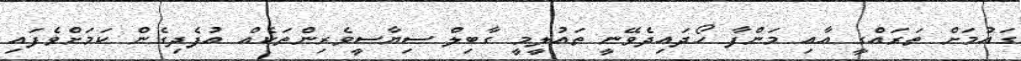
ގައުމަށް ތަރައްގީ އާއި މަންފާ ހޯދައިދެވޭނީ ތައުލީމީ ގާބިލް ސިޔާސީވެރިންތަކެއް އުފެދިގެން ކަމަށްވެފައި